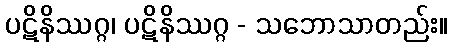
ပဋိနိဿဂ္ဂ၊ ပဋိနိဿဂ္ဂ - သဘောသာတည်း။